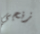
زنجي